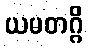
ယမတဂ္ဂိ